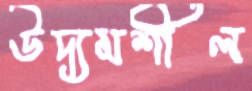
উদ্যমশীল